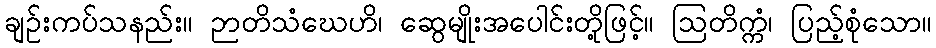
ချဉ်းကပ်သနည်း။ ဉာတိသံဃေဟိ၊ ဆွေမျိုးအပေါင်းတို့ဖြင့်။ ဩတိက္ကံ၊ ပြည့်စုံသော။